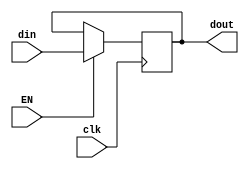
`timescale 1ns / 1ps

module pcc(
    input clk,
    input EN,
    input [31:0] din,
    output reg [31:0] dout
);

initial begin
dout = -1;
end

always@(posedge clk) begin
    if (EN)
        dout <= din;
    else
        dout <= dout;
end

endmodule